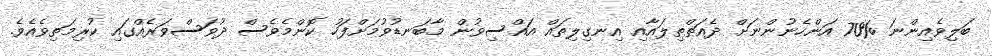
ބަލިވެއިންނަ %70 އަންހެނުންނަށް ދެއަތްތިލައާއި އިނގިލިތައް އައްސިވުން މާބަނޑުވުމަށްފަހު ކޮންމެވެސް ދުވަސްވަރެއްގައި ކުރިމަތިވެއެވެ.